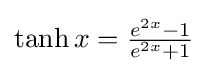
{\textstyle \tanh x={\frac {e^{2x}-1}{e^{2x}+1}}}